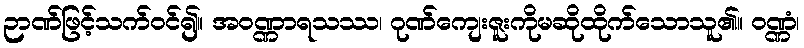
ဉာဏ်ဖြင့်သက်ဝင်၍။ အဝဏ္ဏာရသဿ၊ ဂုဏ်ကျေးဇူးကိုမဆိုထိုက်သောသူ၏။ ဝဏ္ဏံ၊